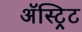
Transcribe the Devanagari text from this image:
अॅस्ट्रिट